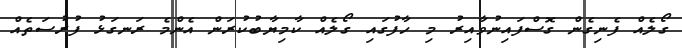
ގޯލެއް ފެނިގެން ގޮސްފައިނުވާއިރު މި ހާފުގައި ގޯލެއް ކާމިޔާބުކުރަން އެންމެ ރަނގަޅު ފުރުސަތެއް